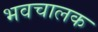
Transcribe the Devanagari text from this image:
भवचालक